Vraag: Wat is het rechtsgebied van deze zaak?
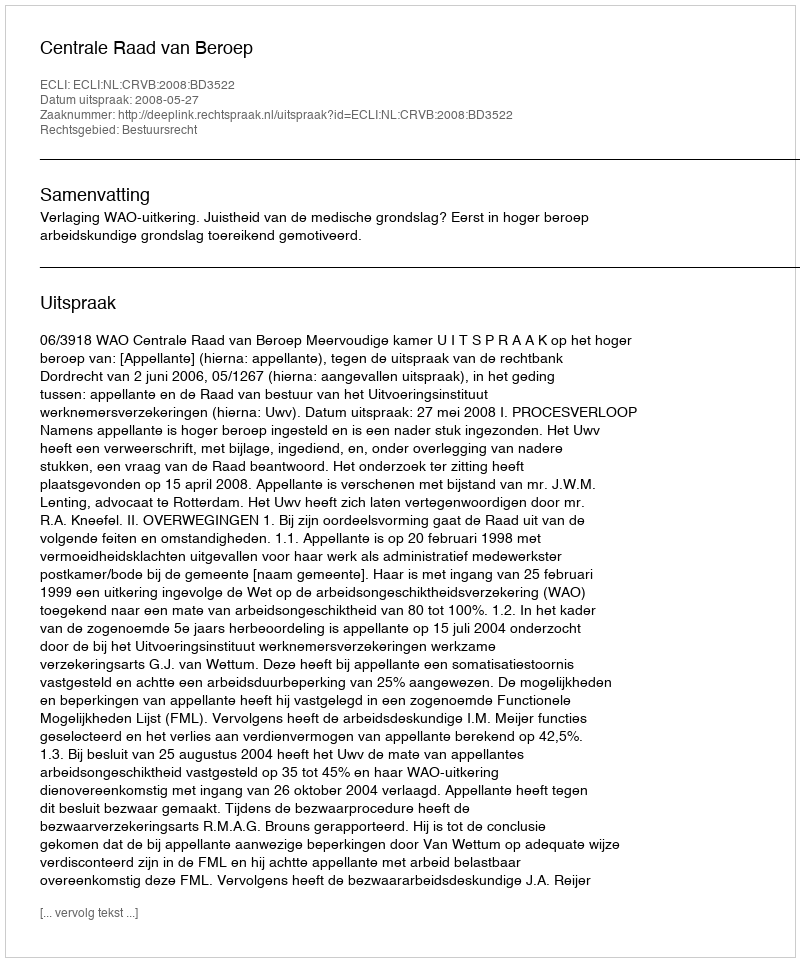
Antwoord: Bestuursrecht